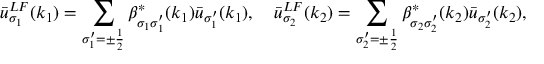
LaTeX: \bar { u } _ { \sigma _ { 1 } } ^ { L F } ( k _ { 1 } ) = \sum _ { \sigma _ { 1 } ^ { \prime } = \pm \frac { 1 } { 2 } } \beta _ { \sigma _ { 1 } \sigma _ { 1 } ^ { \prime } } ^ { * } ( k _ { 1 } ) \bar { u } _ { \sigma _ { 1 } ^ { \prime } } ( k _ { 1 } ) , \quad \bar { u } _ { \sigma _ { 2 } } ^ { L F } ( k _ { 2 } ) = \sum _ { \sigma _ { 2 } ^ { \prime } = \pm \frac { 1 } { 2 } } \beta _ { \sigma _ { 2 } \sigma _ { 2 } ^ { \prime } } ^ { * } ( k _ { 2 } ) \bar { u } _ { \sigma _ { 2 } ^ { \prime } } ( k _ { 2 } ) ,